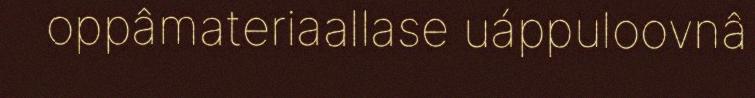
oppâmateriaallase uáppuloovnâ